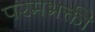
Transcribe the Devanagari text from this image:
परमभक्ती